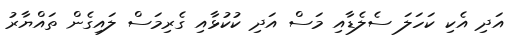
އަދި އެކި ކަހަލަ ސެލެޑާއި މަސް އަދި ކުކުޅާއި ގެރިމަސް ލައިގެން ތައްޔާރު